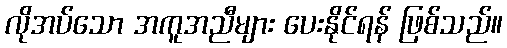
လိုအပ်သော အကူအညီများ ပေးနိုင်ရန် ဖြစ်သည်။